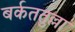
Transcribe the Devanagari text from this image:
बर्कततुल्ला